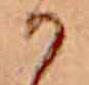
か